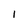
Character: I